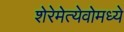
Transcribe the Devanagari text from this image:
शेरेमेत्येवोमध्ये